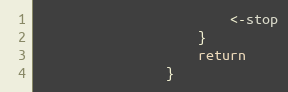
Language: Go
						<-stop
					}
					return
				}